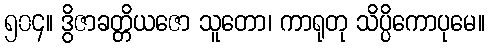
၅၀၄။ ဒွိဇာခတ္တိယဇော သူတော၊ ကာရုတု သိပ္ပိကောပုမေ။